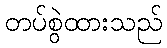
တပ်စွဲထားသည်